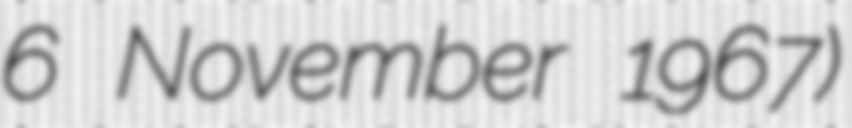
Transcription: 6 November 1967)